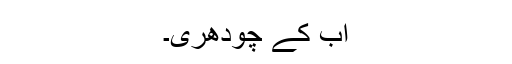
اب کے چودھری۔